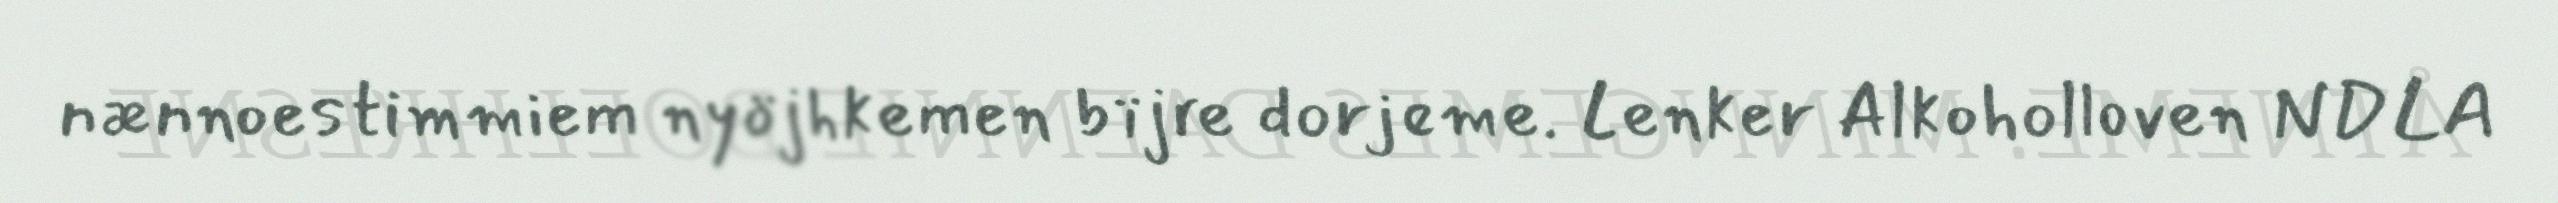
nænnoestimmiem nyöjhkemen bïjre dorjeme. Lenker Alkoholloven NDLA